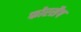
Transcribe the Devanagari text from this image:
फोरसैप